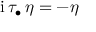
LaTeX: \mathrm { i } \, \tau _ { \bullet } \, \eta = - \eta